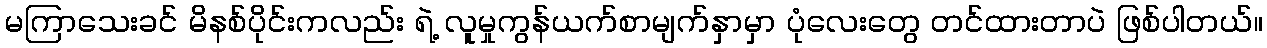
မကြာသေးခင် မိနစ်ပိုင်းကလည်း ရဲ့ လူမှုကွန်ယက်စာမျက်နှာမှာ ပုံလေးတွေ တင်ထားတာပဲ ဖြစ်ပါတယ်။